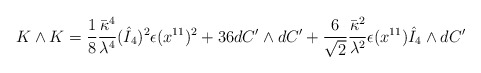
\begin{align*}K \wedge K = \frac{1}{8} \frac{\bar{\kappa}^4}{\lambda^4} (\hat{I}_4)^2 \epsilon(x^{11})^2 + 36 dC' \wedge dC' + \frac{6}{\sqrt{2}} \frac{\bar{\kappa}^2}{\lambda^2}\epsilon(x^{11}) \hat{I}_4 \wedge dC'\end{align*}